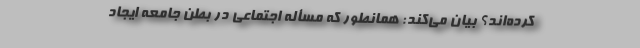
کرده‌اند؟ بیان می‌کند: همانطور که مسأله اجتماعی در بطن جامعه ایجاد